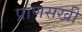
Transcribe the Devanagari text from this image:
प्राणसखी